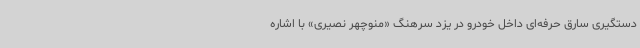
دستگیری سارق حرفه‌ای داخل خودرو در یزد سرهنگ «منوچهر نصیری» با اشاره